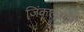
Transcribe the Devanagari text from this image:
जिंकल्याही